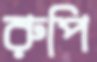
রুপি